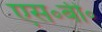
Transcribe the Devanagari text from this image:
एस॰बी॰